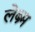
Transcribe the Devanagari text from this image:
लेब्र्म